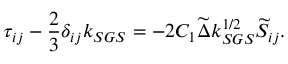
\tau _ { i j } - \frac { 2 } { 3 } \delta _ { i j } k _ { S G S } = - 2 C _ { 1 } \widetilde { \Delta } k _ { S G S } ^ { 1 / 2 } \widetilde { S } _ { i j } .